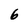
Character: 6